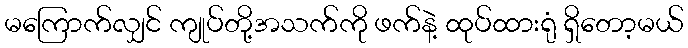
မကြောက်လျှင် ကျုပ်တို့အသက်ကို ဖက်နဲ့ ထုပ်ထားရုံ ရှိတော့မယ်